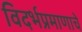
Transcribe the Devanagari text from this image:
विदर्भप्रमाणाचे